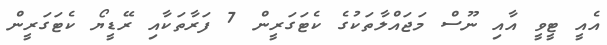
އެއީ ޓީވީ އާއި ނޫސް މަޖައްލާތަކުގެ ކެޓަގަރީން 7 ފަރާތަކާއި ރޭޑީޔޯ ކެޓަގަރީން